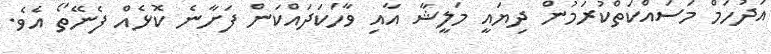
އަދުހަމް މަސައްކަތްކުރަމުން ދިޔައީ މަލީޝާ އާއި ވާހަކަދައްކަން ފަށާނެ ކޮޅެއް ފެނޭތޯ އެވެ.